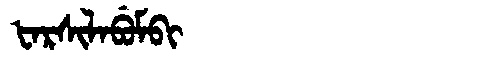
Manchu: ᡶᠠᡵᠰᡳᠯᠠᠪᡠᠮᠪᡳ
Romanization: FARSILABUMBI